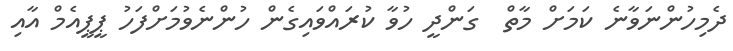
ދެމިހުންނަވާނެ ކަމަށް މާތް  ގަންދީ ހުވާ ކުރައްވައިގެން ހުންނެވުމަށްފަހު ޕީޕީއެމް އާއި